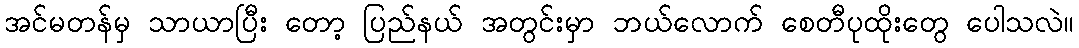
အင်မတန်မှ သာယာပြီး တော့ ပြည်နယ် အတွင်းမှာ ဘယ်လောက် စေတီပုထိုးတွေ ပေါသလဲ။